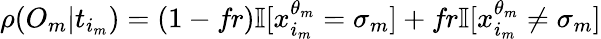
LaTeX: \begin{array}{r}{\rho(O_{m}|t_{i_{m}})=(1-\textit{fr})\mathbb{I}[x_{i_{m}}^{\theta_{m}}=\sigma_{m}]+\textit{fr}\mathbb{I}[x_{i_{m}}^{\theta_{m}}\neq\sigma_{m}]}\end{array}